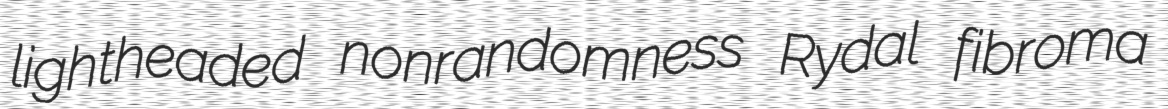
lightheaded nonrandomness Rydal fibroma